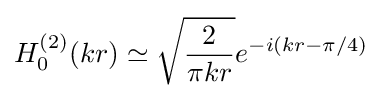
H_{0}^{(2)}(kr)\simeq {\sqrt {\frac {2}{\pi kr}}}e^{-i(kr-\pi /4)}